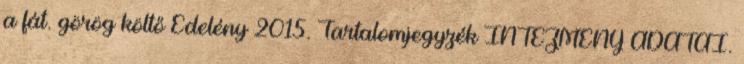
a fát. görög költő Edelény 2015. Tartalomjegyzék INTÉZMÉNY ADATAI.